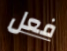
فعل